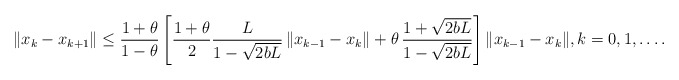
\begin{align*}\|x_k-x_{k+1}\|\leq \frac{1+\theta}{1-\theta} \left[ \frac{1+\theta}{2}\frac{L}{1-\sqrt{2bL}}\,\|x_{k-1}-x_k\|+\theta\,\frac{1+\sqrt{2bL}}{1-\sqrt{2bL}}\right]\|x_{k-1}-x_k\|, k= 0,1, \ldots .\end{align*}